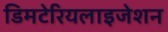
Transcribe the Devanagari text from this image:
डिमटेरियलाइजेशन